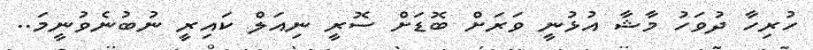
ހުރިހާ ދުވަހު މާޝާ އުޅުނީ ވަރަށް ބޮޑަށް ސޮރީ ނިއަލް ކައިރީ ނުބުނެވުނީމަ..